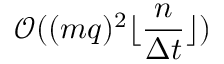
\mathcal { O } ( { ( m q ) ^ { 2 } \lfloor \frac { n } { \Delta t } \rfloor } )